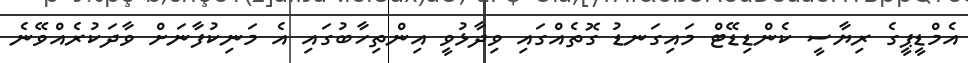
އެމްޑީޕީގެ ރިޔާސީ ކެންޑިޑޭޓް މައިގަނޑު ގޮތެއްގައި ވިދާޅުވީ އިންތިހާބުގައި އެ މަނިކުފާނަށް ވާދަކުރެއްވޭނެ